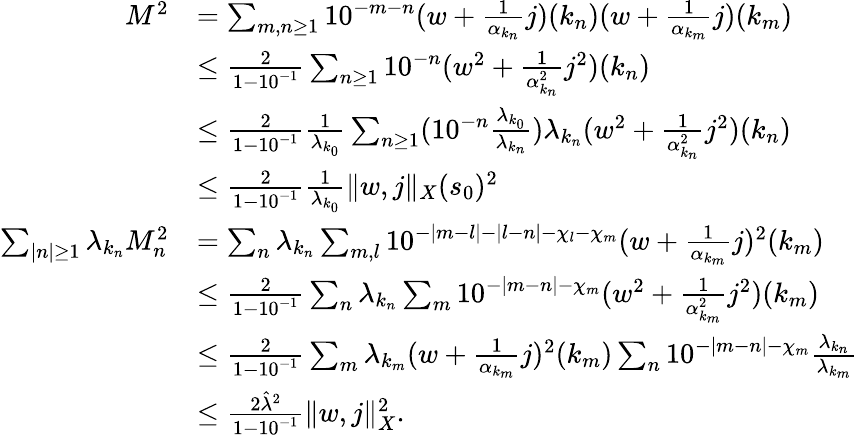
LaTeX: \begin{array}{rl}{M^{2}}&{=\sum_{m,n\ge 1}10^{-m-n}(w+\frac 1{\alpha_{k_{n}}}j)(k_{n})(w+\frac 1{\alpha_{k_{m}}}j)(k_{m})}\\ &{\le\frac 2{1-10^{-1}}\sum_{n\ge 1}10^{-n}(w^{2}+\frac 1{\alpha_{k_{n}}^{2}}j^{2})(k_{n})}\\ &{\le\frac 2{1-10^{-1}}\frac 1{\lambda_{k_{0}}}\sum_{n\ge 1}(10^{-n}\frac{\lambda_{k_{0}}}{\lambda_{k_{n}}})\lambda_{k_{n}}(w^{2}+\frac 1{\alpha_{k_{n}}^{2}}j^{2})(k_{n})}\\ &{\le\frac 2{1-10^{-1}}\frac 1{\lambda_{k_{0}}}\Vert w,j\Vert_{X}(s_{0})^{2}}\\ {\sum_{\vert n\vert\ge 1}\lambda_{{k_{n}}}M_{n}^{2}}&{=\sum_{n}\lambda_{k_{n}}\sum_{m,l}10^{-\vert m-l\vert-\vert l-n\vert-\chi_{l}-\chi_{m}}(w+\frac 1{\alpha_{k_{m}}}j)^{2}(k_{m})}\\ &{\le\frac 2{1-10^{-1}}\sum_{n}\lambda_{k_{n}}\sum_{m}10^{-\vert m-n\vert-\chi_{m}}(w^{2}+\frac 1{\alpha_{k_{m}}^{2}}j^{2})(k_{m})}\\ &{\le\frac 2{1-10^{-1}}\sum_{m}\lambda_{k_{m}}(w+\frac 1{\alpha_{k_{m}}}j)^{2}(k_{m})\sum_{n}10^{-\vert m-n\vert-\chi_{m}}\frac{\lambda_{k_{n}}}{\lambda_{k_{m}}}}\\ &{\le\frac{2\hat{\lambda}^{2}}{1-10^{-1}}\Vert w,j\Vert_{X}^{2}.}\end{array}